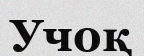
Учоқ